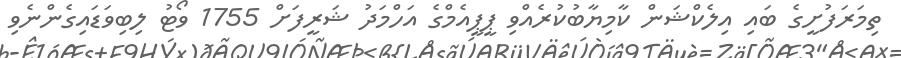
ތިމަރަފުށީގެ ބައި އިލެކްޝަން ކާމިޔާބުކުރެއްވި ޕީޕީއެމްގެ އަހްމަދު ޝަރީފަށް 1755 ވޯޓު ލިބިވަޑައިގެންނެވި